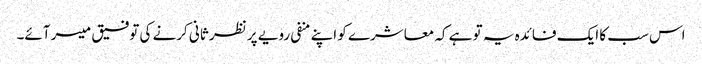
اس سب کا ایک فائدہ یہ تو ہے کہ معاشرے کو اپنے منفی رویے پر نظر ثانی کرنے کی توفیق میسر آئے۔